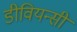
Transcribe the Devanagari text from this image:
डीवियन्सी